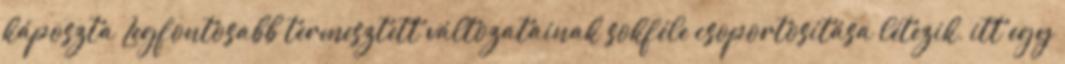
káposzta Legfontosabb termesztett változatainak sokféle csoportosítása létezik, itt egy